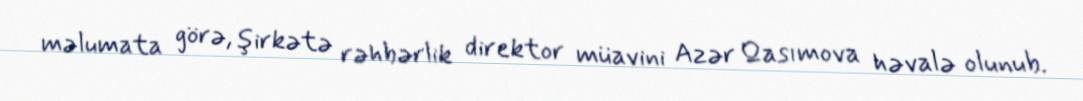
məlumata görə, şirkətə rəhbərlik direktor müavini Azər Qasımova həvalə olunub.